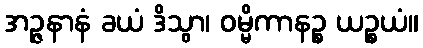
အဉ္ဇနာနံ ခယံ ဒိသွာ၊ ဝမ္မိကာနဉ္စ ယဉ္စယံ။